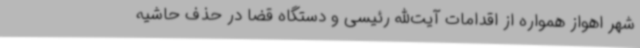
شهر اهواز همواره از اقدامات آیت‌الله رئیسی و دستگاه قضا در حذف حاشیه